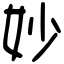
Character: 妙